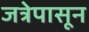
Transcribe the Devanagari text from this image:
जत्रेपासून